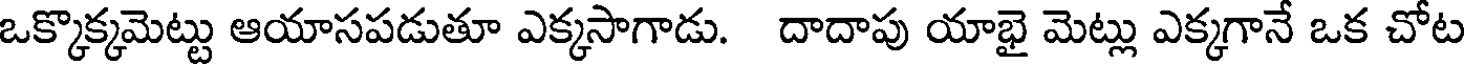
ఒక్కొక్కమెట్టు ఆయాసపడుతూ ఎక్కసాగాడు. దాదాపు యాభై మెట్లు ఎక్కగానే ఒక చోట